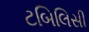
ટબિલિસી